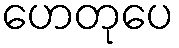
ဟေတုပေ